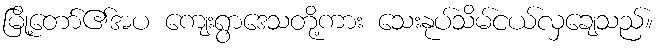
မြို့တော်၏အပ ကျေးရွာဒေသတို့ကား သေးနုပ်သိမ်ငယ်လှချေသည်။